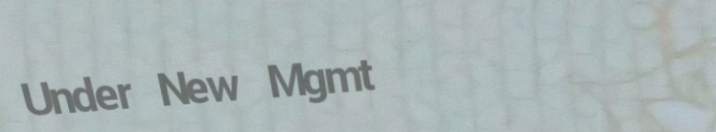
Under New Mgmt